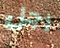
رجل